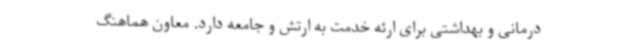
درمانی و بهداشتی برای ارئه خدمت به ارتش و جامعه دارد. معاون هماهنگ